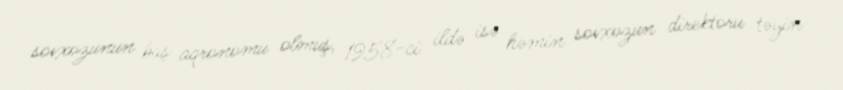
sovxozunun baş aqronomu olmuş, 1958-ci ildə isə həmin sovxozun direktoru təyin